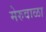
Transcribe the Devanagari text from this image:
मेरुवाळा